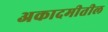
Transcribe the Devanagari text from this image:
अकादमीतील